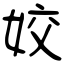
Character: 姣